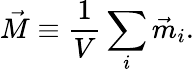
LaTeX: \vec{M}\equiv\frac{1}{V}\sum_{i}\vec{m}_{i}.